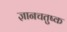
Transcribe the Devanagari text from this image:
ज्ञानचतुष्क